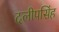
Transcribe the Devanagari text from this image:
दलीपसिंह